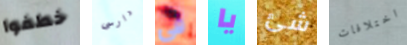
خطفوا دارسى في يا شئ اختلافات